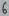
Text: 6